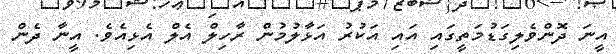
އީނަ ދޮންވެލިގަޑުމަތީގައި އައި އަކުރު އަޅާލުމުން ރާހިލް އެލް އެޅިއެވެ. އީނާ ދެން